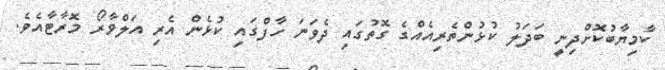
ކާމިޔާބުކޮށްދިނީ ބަދަލު ކުޅުންތެރިއެއްގެ ގޮތުގައި ދެވަނަ ހާފްގައި ކުޅެން އެރި އަލްވާރޯ މޮރާޓާއެވެ.